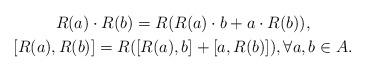
LaTeX: \begin{gather*} R(a) \cdot R(b) = R(R(a) \cdot b + a \cdot R(b)),\\ [R(a), R(b)] = R([R(a), b] + [a, R(b)]), \forall a, b \in A.\end{gather*}